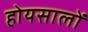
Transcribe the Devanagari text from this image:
होयसालों